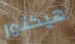
هيكتور